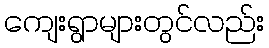
ကျေးရွာများတွင်လည်း